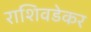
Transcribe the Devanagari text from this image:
राशिवडेकर